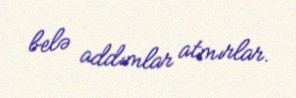
belə addımlar atmırlar.